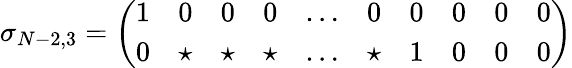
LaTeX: \sigma_{N-2,3}=\left(\begin{array}{cccccccccc}{{1}}&{{0}}&{{0}}&{{0}}&{{\ldots}}&{{0}}&{{0}}&{{0}}&{{0}}&{{0}}\\ {{0}}&{{\star}}&{{\star}}&{{\star}}&{{\ldots}}&{{\star}}&{{1}}&{{0}}&{{0}}&{{0}}\end{array}\right)